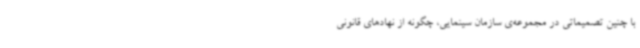
با چنین تصمیماتی در مجموعه‌ی سازمان سینمایی، چگونه از نهادهای قانونی